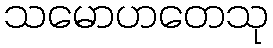
သမောဟတေသု